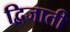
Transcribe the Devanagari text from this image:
द्विजाती